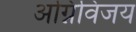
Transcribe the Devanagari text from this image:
अग्निविजय